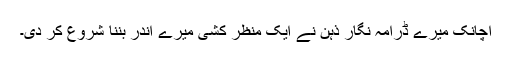
اچانک میرے ڈرامہ نگار ذہن نے ایک منظر کشی میرے اندر بُننا شروع کر دی۔